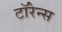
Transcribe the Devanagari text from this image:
टॉरेन्स